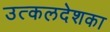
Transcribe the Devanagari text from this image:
उत्कलदेशका